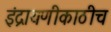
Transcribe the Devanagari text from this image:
इंद्रायणीकाठीच